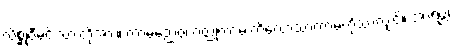
လိစ္ဆုဝီမင်းသားတို့အား။ ကာမညေဝ၊ ဝတ္ထုကာမ ကိလောသာကာမကိုသာလျှင်။ အာရဗ္ဘ၊